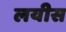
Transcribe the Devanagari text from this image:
लयीस